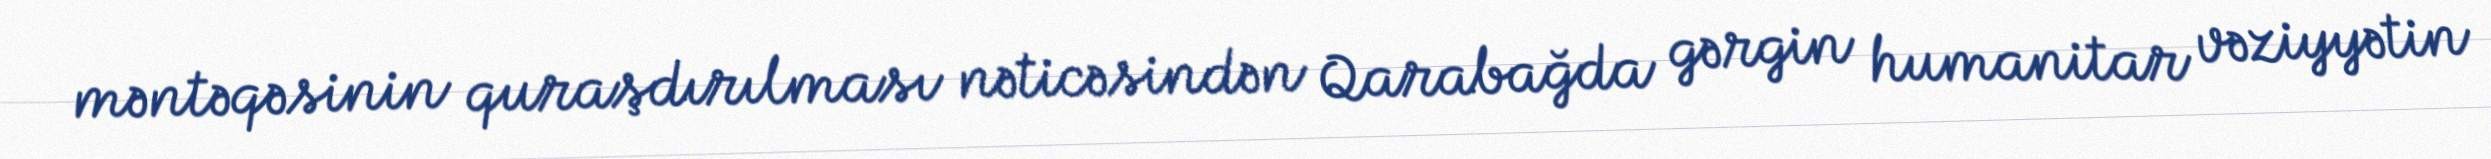
məntəqəsinin quraşdırılması nəticəsindən Qarabağda gərgin humanitar vəziyyətin